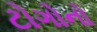
ટોગોનો